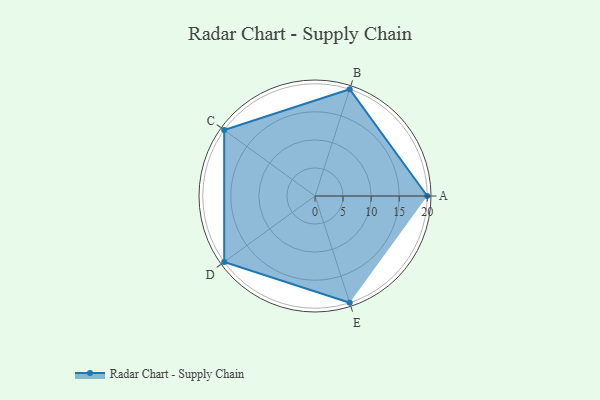
{"axis": {"x": "Skill", "y": "Score"}, "legend": ["Profile"], "data": [{"x": "A", "y": 20, "type": "Profile"}, {"x": "B", "y": 20, "type": "Profile"}, {"x": "C", "y": 20, "type": "Profile"}, {"x": "D", "y": 20, "type": "Profile"}, {"x": "E", "y": 20, "type": "Profile"}]}